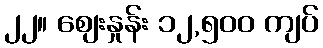
၂၂။ စျေးနှုန်း ၁၂,၅၀၀ ကျပ်